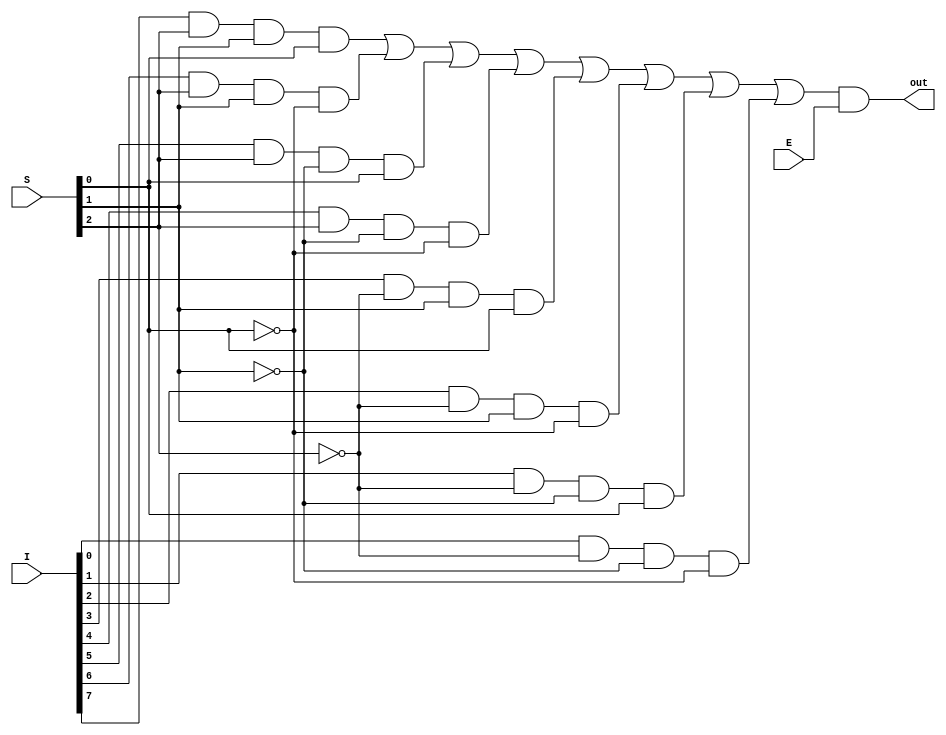
module Multiplexer8to1(out, I, S, E);
	input [7:0] I;
	input [2:0] S;
	input E;
	output out;
	wire [2:0] Sb;
	wire [7:0] y;
	wire w;

	not(Sb[0], S[0]);
	not(Sb[1], S[1]);
	not(Sb[2], S[2]);

	and(y[0], I[0], Sb[2], Sb[1], Sb[0]);
	and(y[1], I[1], Sb[2], Sb[1], S[0]);
	and(y[2], I[2], Sb[2], S[1], Sb[0]);
	and(y[3], I[3], Sb[2], S[1], S[0]);
	and(y[4], I[4], S[2], Sb[1], Sb[0]);
	and(y[5], I[5], S[2], Sb[1], S[0]);
	and(y[6], I[6], S[2], S[1], Sb[0]);
	and(y[7], I[7], S[2], S[1], S[0]);

	or(w, y[7], y[6], y[5], y[4], y[3], y[2], y[1], y[0]);

	and(out, w, E);
endmodule

module Multiplexer8to1_tb;
	reg [7:0] I;
	reg [2:0] S;
	reg E;
	wire out;

	Multiplexer8to1 mux8to1(out, I, S, E);

	initial begin
	E = 1'b1;	I = 8'b01011010;
	S = 3'b000; #50;	//out = I[0]
	S = 3'b001; #50;	//out = I[1]
	S = 3'b010; #50;	//out = I[2]
	S = 3'b011; #50;	//out = I[3]
	S = 3'b100; #50;	//out = I[4]
	S = 3'b101; #50;	//out = I[5]
	S = 3'b110; #50;	//out = I[6]
	S = 3'b111; #50;	//out = I[7]
	end
endmodule